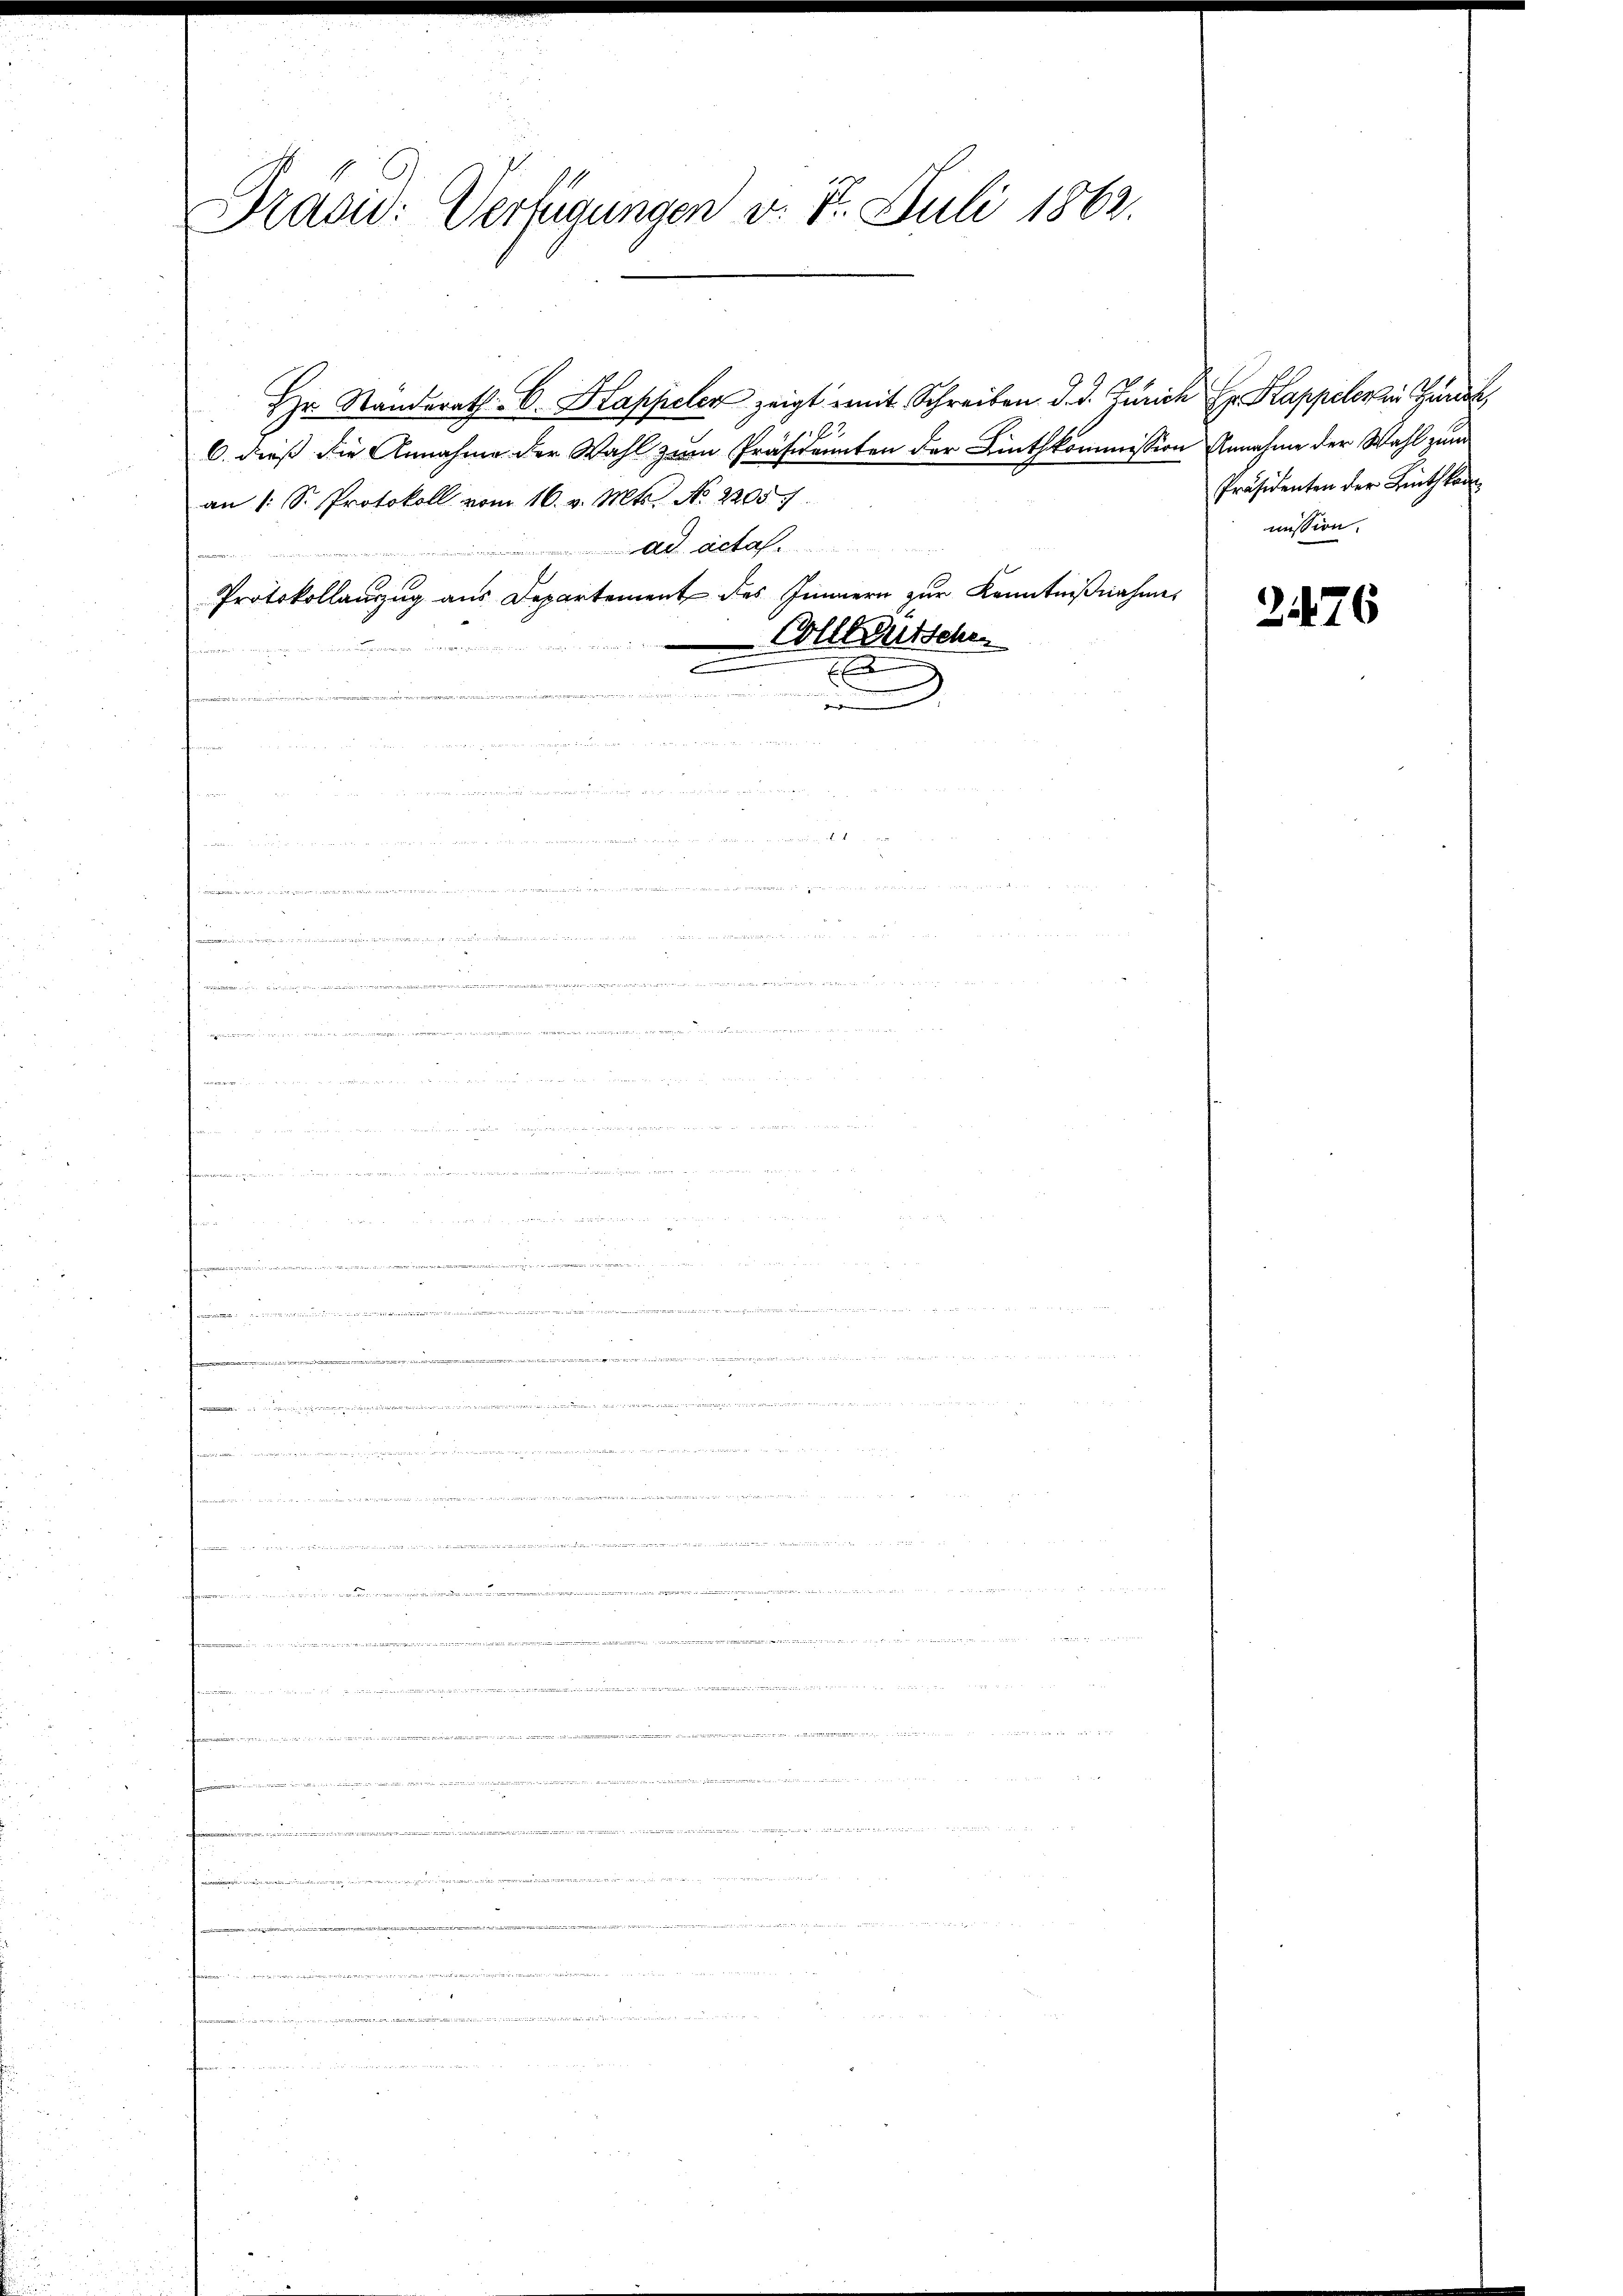
Prasid: Verfügungen v. 8. Juli 1862.

Hr. Standerath C. Klappeler zeigt mit Schreiben d. d. Zürich Hr. Kappelerin Hund,
62
6. dieß die Annahme der Wahl zum Präsidenten der Linthkommission Annahme der Wahl zum
an 1 S. Protokoll vom 16. v. Mts. No. 2305/
ad acta
Protokollanzug aus Departement des Innern zur Kenntnißnahme
Colldeutschen
n
.
x
.

Präsidenten der Linthkan
mission.

2476